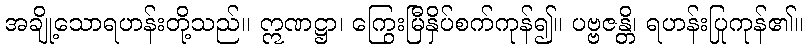
အချို့သောရဟန်းတို့သည်။ ဣဏဋ္ဌာ၊ ကြွေးမြီနှိပ်စက်ကုန်၍။ ပဗ္ဗဇန္တိ၊ ရဟန်းပြုကုန်၏။